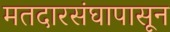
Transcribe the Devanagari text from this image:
मतदारसंघापासून